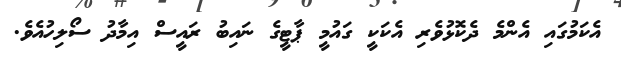
އެކަމުގައި އެންމެ ދެކޮޅުވެރި އެކަކީ ގައުމީ ޕާޓީގެ ނައިބު ރައީސް އިމާދު ސޯލިހުއެވެ.